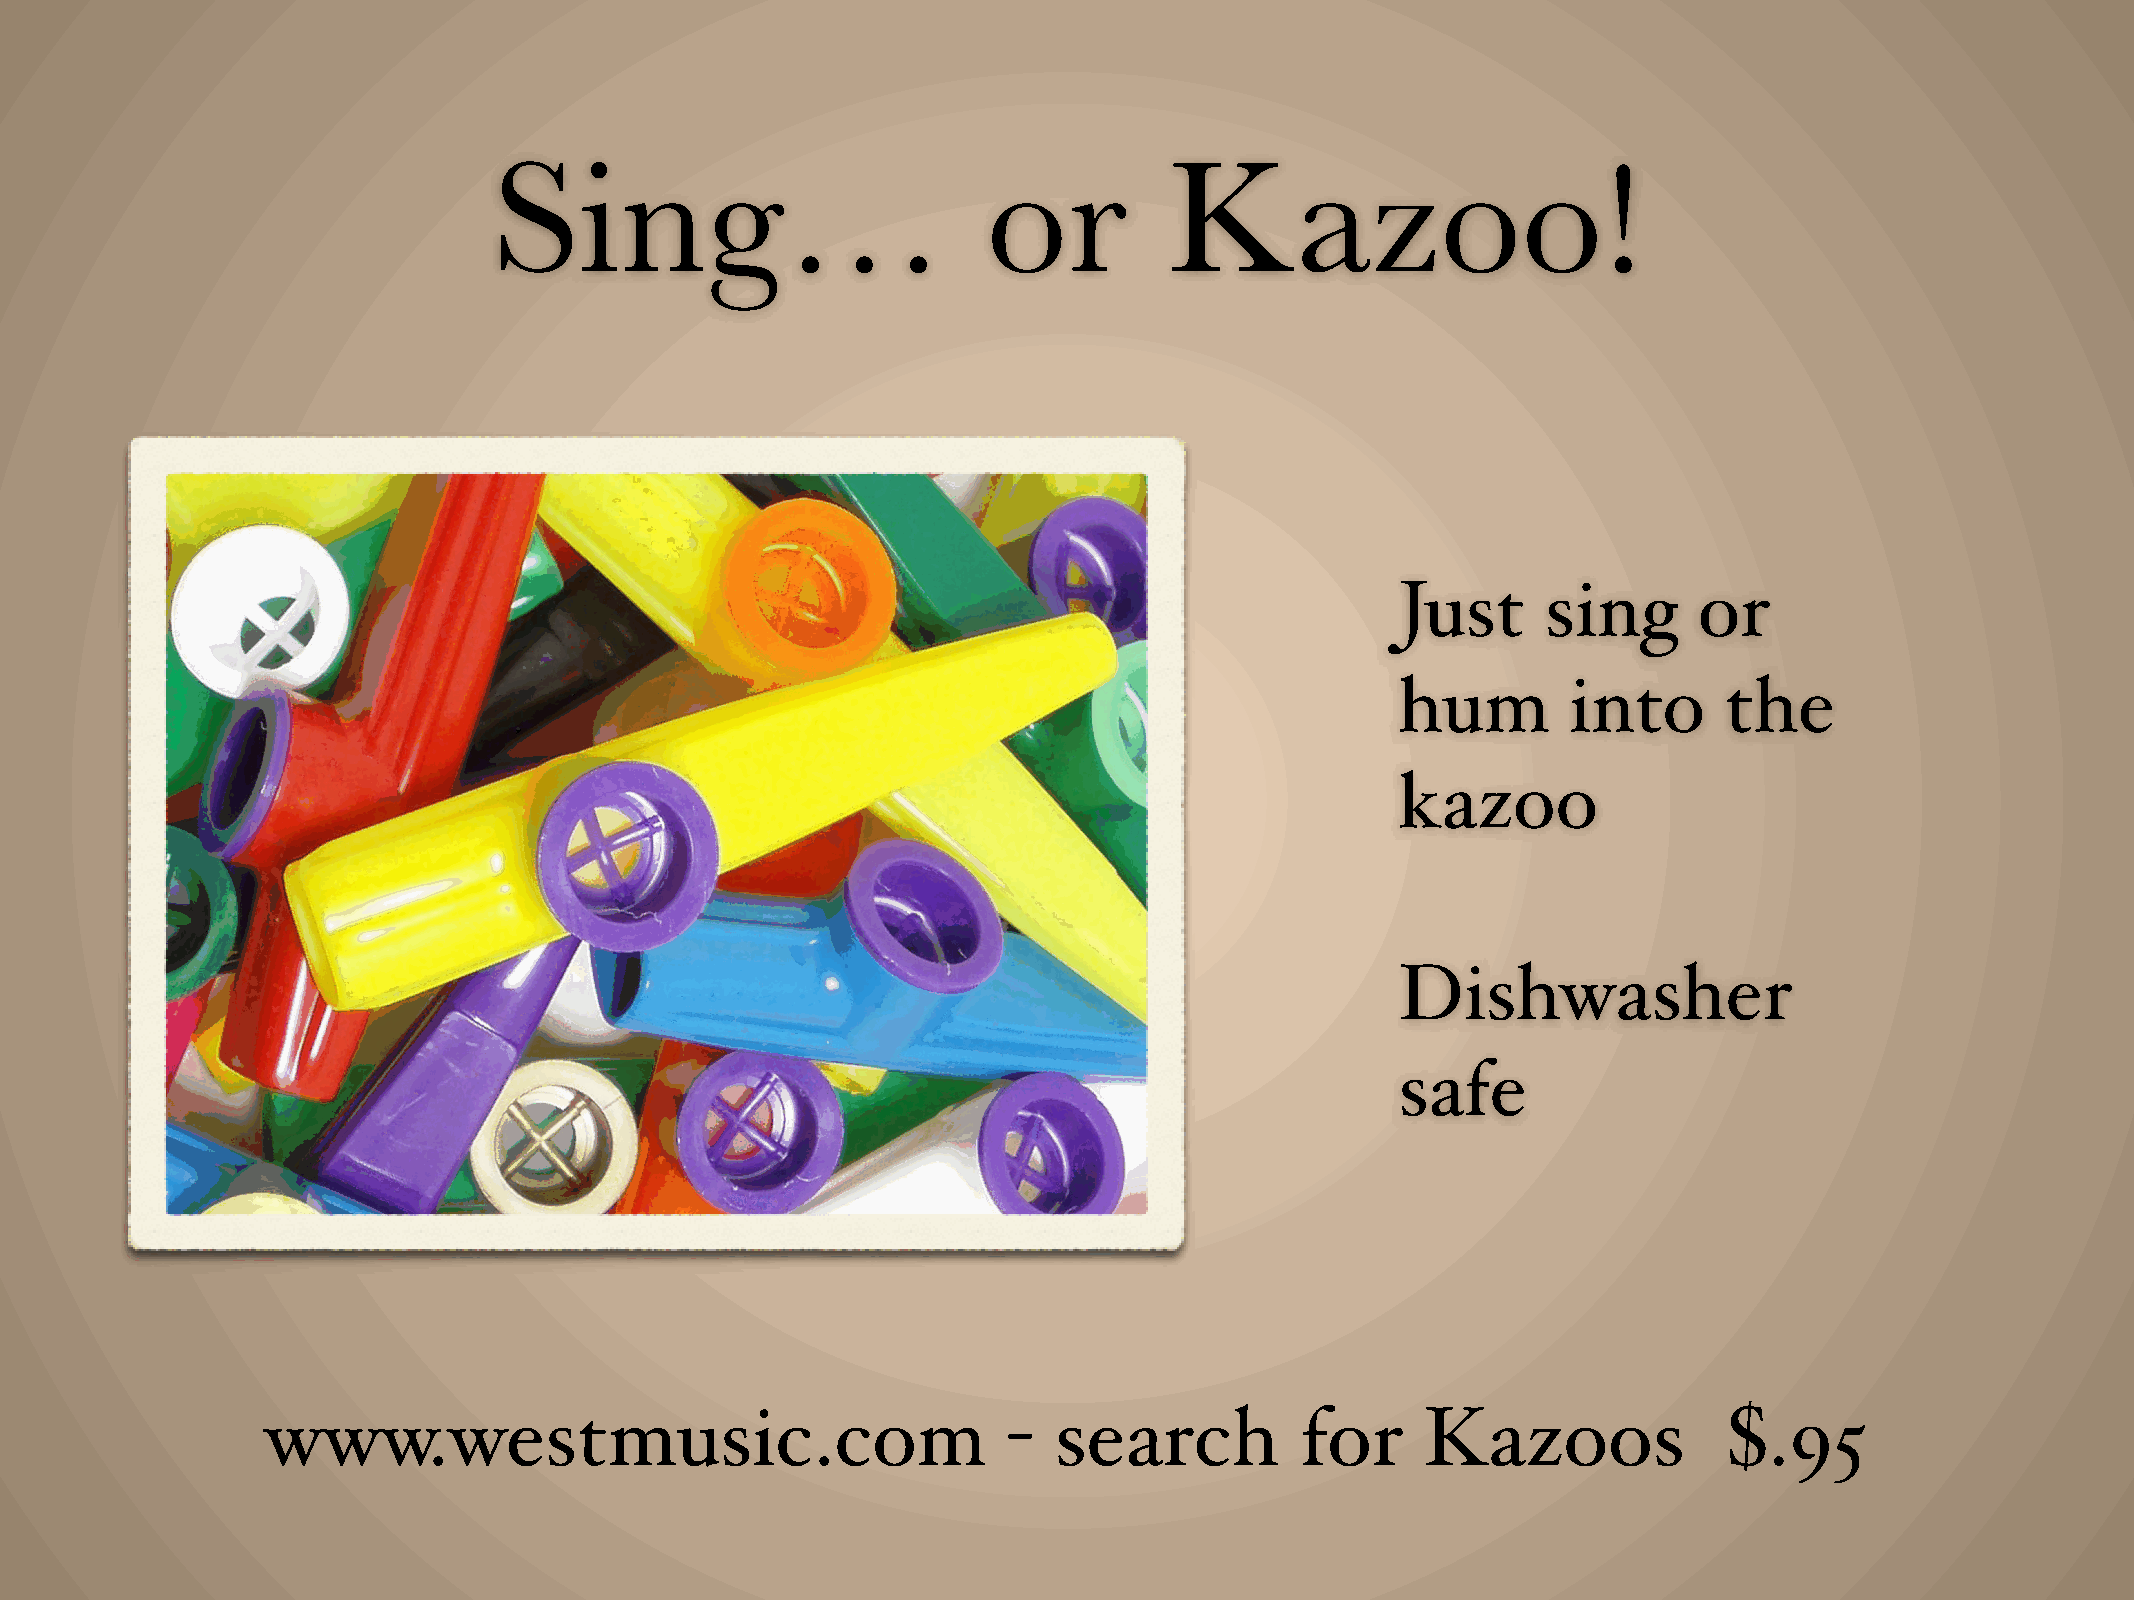
Sing…                           or          Kazoo!
 Just     sing      or
 hum        into      the
 kazoo
 Dishwasher
 safe
 www.westmusic.com                                -  search          for     Kazoos              $.95